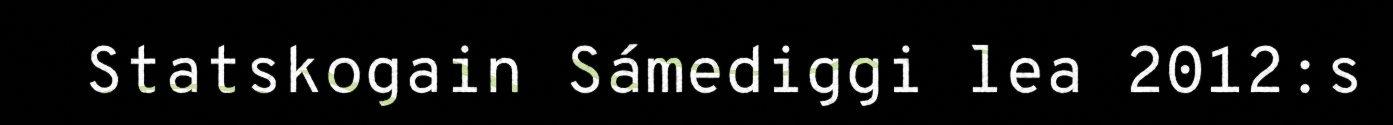
Statskogain Sámediggi lea 2012:s